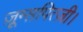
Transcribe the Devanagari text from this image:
ज़ूग्सपित्ज़ी।